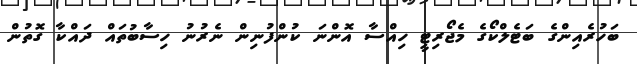
ބަހުރެއިންގެ ބަޓެލްކޯގެ މެޖޯރިޓީ ހިއްސާ އޮންނަ ކުންފުނިން ނެރުނު ހިސާބުތައް ދައްކާ ގޮތުން